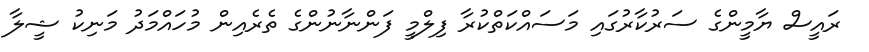
ރައީސް ޔާމީންގެ ސަރުކާރުގައި މަސައްކަތްކުރާ ފިލްމީ ފަންނާނުންގެ ތެރެއިން މުހައްމަދު މަނިކު ޝީލާ